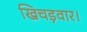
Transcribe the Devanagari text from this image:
खिचड़वार।